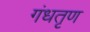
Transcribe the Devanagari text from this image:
गंधतृण